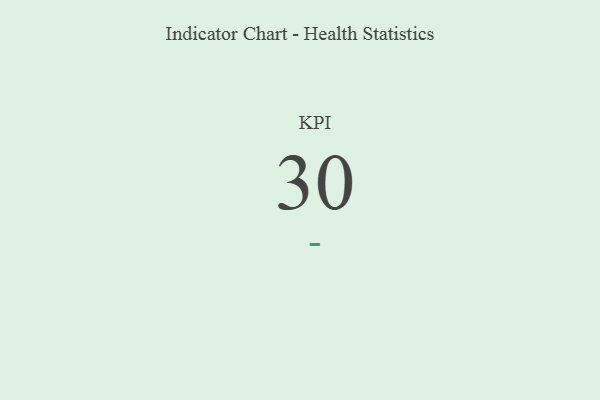
{"axis": {"x": "KPI", "y": "Value"}, "legend": [""], "data": [{"x": "KPI", "y": 30, "type": ""}]}